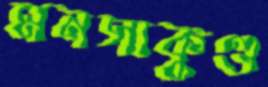
মনসাকুণ্ড